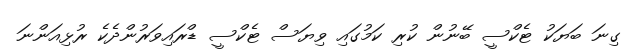
ގިނަ ބަޔަކު ޓެކްސީ ބޭނުން ކުރި ކަމުގައި ވިޔަސް ޓެކްސީ ޑްރައިވަރުންދެކެ ރުޅިއަންނަ